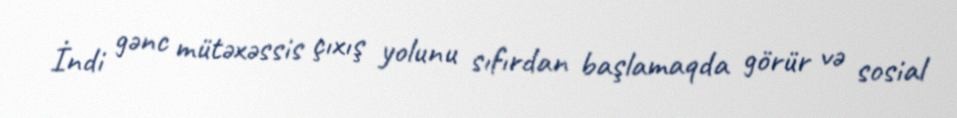
İndi gənc mütəxəssis çıxış yolunu sıfırdan başlamaqda görür və sosial